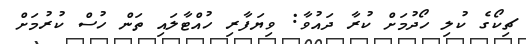
ޗިކޯގެ ކުލި ހޯދުމަށް ކުރާ ދައުވާ: ވިޔަފާރި ހުއްޓާލައި ތަން ހުސް ކުރުމަށް